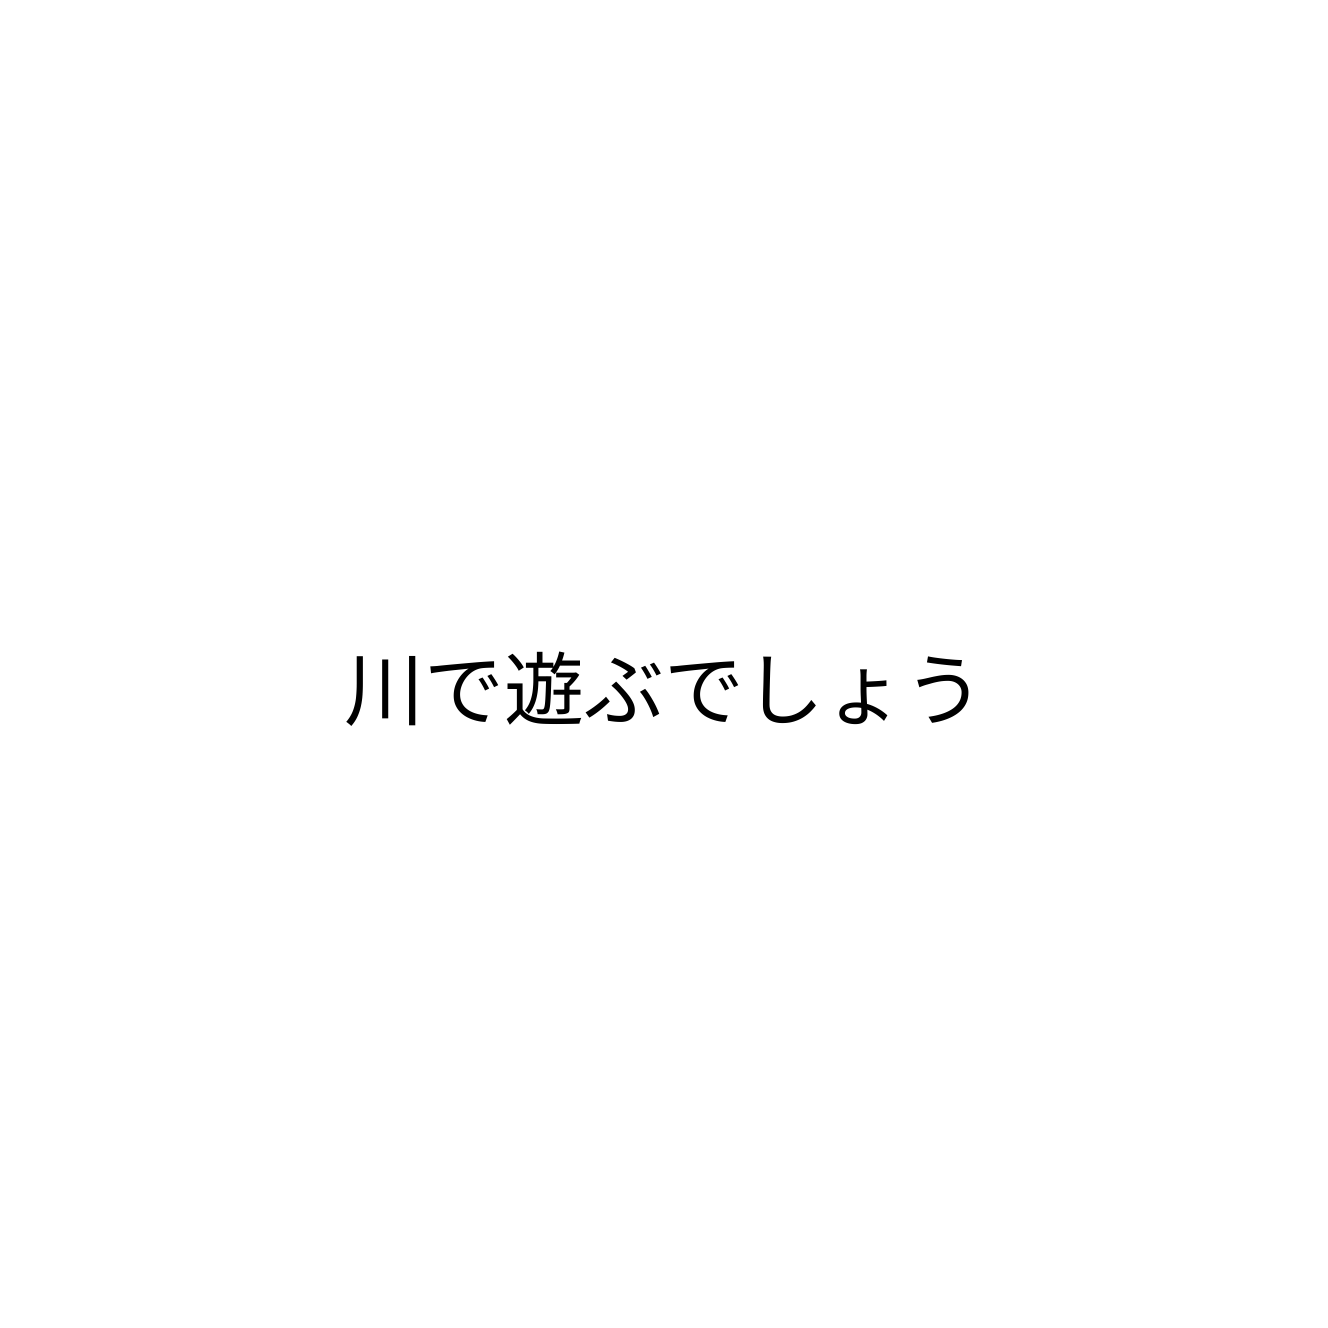
川で遊ぶでしょう